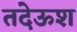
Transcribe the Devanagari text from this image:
तदेऊश